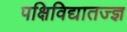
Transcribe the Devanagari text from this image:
पक्षिविद्यातज्‍ज्ञ